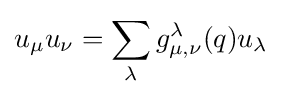
u_{\mu }u_{\nu }=\sum _{\lambda }g_{\mu ,\nu }^{\lambda }(q)u_{\lambda }